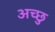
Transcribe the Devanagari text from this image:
अच्छु